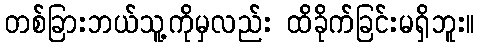
တစ်ခြားဘယ်သူ့ကိုမှလည်း ထိခိုက်ခြင်းမရှိဘူး။